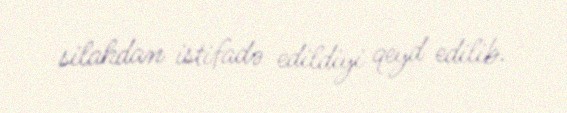
silahdan istifadə edildiyi qeyd edilib.